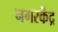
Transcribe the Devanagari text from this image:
नगरकेंद्र